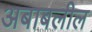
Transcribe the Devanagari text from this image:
अबाबलील